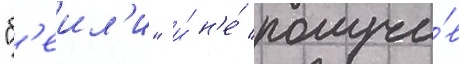
"б'еил'и" и́ н'е́ получи́в